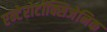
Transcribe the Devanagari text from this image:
एन्टेरोटॉक्सिजेनिक